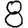
Digit: 8